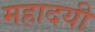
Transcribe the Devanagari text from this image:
महादयी